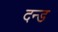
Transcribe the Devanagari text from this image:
दन्ड